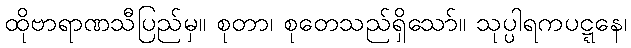
ထိုဗာရာဏသီပြည်မှ။ စုတာ၊ စုတေသည်ရှိသော်။ သုပ္ပါရကပဋ္ဋနေ၊